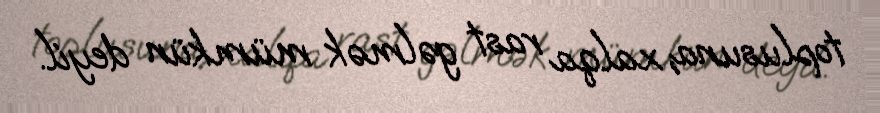
toplusuna, xalqa rast gəlmək mümkün deyil.